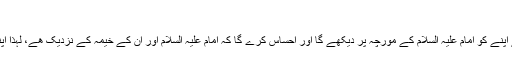
([5])
اگر منتظر کو امام علیہ السلام کی معرفت حاصل ھوجائے تو پھر وہ اسی وقت سے اپنے کو امام علیہ السلام کے مورچہ پر دیکھے گا اور احساس کرے گا کہ امام علیہ السلام اور ان کے خیمہ کے نزدیک ھے، لہٰذا اپنے امام کے مورچہ کو مضبوط بنانے میں پَل بھر کے لئے کوتاھی نھیں کرے گا۔